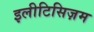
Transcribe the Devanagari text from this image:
इलीटिसिज़म